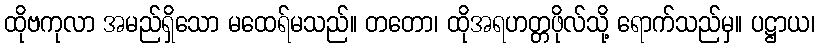
ထိုဗကုလာ အမည်ရှိသော မထေရ်မသည်။ တတော၊ ထိုအရဟတ္တဖိုလ်သို့ ရောက်သည်မှ။ ပဋ္ဌာယ၊